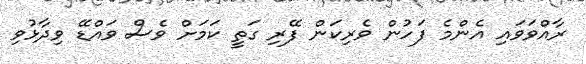
ރާއްވަވައި އެންމެ ފަހުން ވެރިކަން ފޭރި ގަތީ ކަމަށް ވެސް ވައްޑޭ ވިދާޅުވި